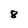
Character: 8